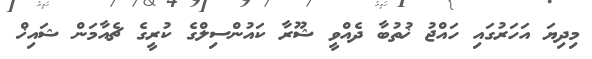
މިދިޔަ އަހަރުގައި ހައްޖު ޚުތުބާ ދެއްވީ ޝޫރާ ކައުންސިލްގެ ކުރީގެ ޗެއާމަން ޝައިޚް